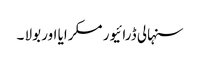
سنہالی ڈرائیور مسکرایا اور بولا ۔